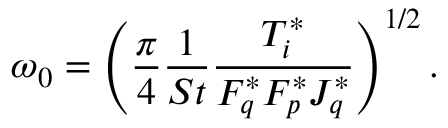
\omega _ { 0 } = \left( \frac { \pi } { 4 } \frac { 1 } { S t } \frac { T _ { i } ^ { * } } { F _ { q } ^ { * } F _ { p } ^ { * } J _ { q } ^ { * } } \right) ^ { 1 / 2 } .